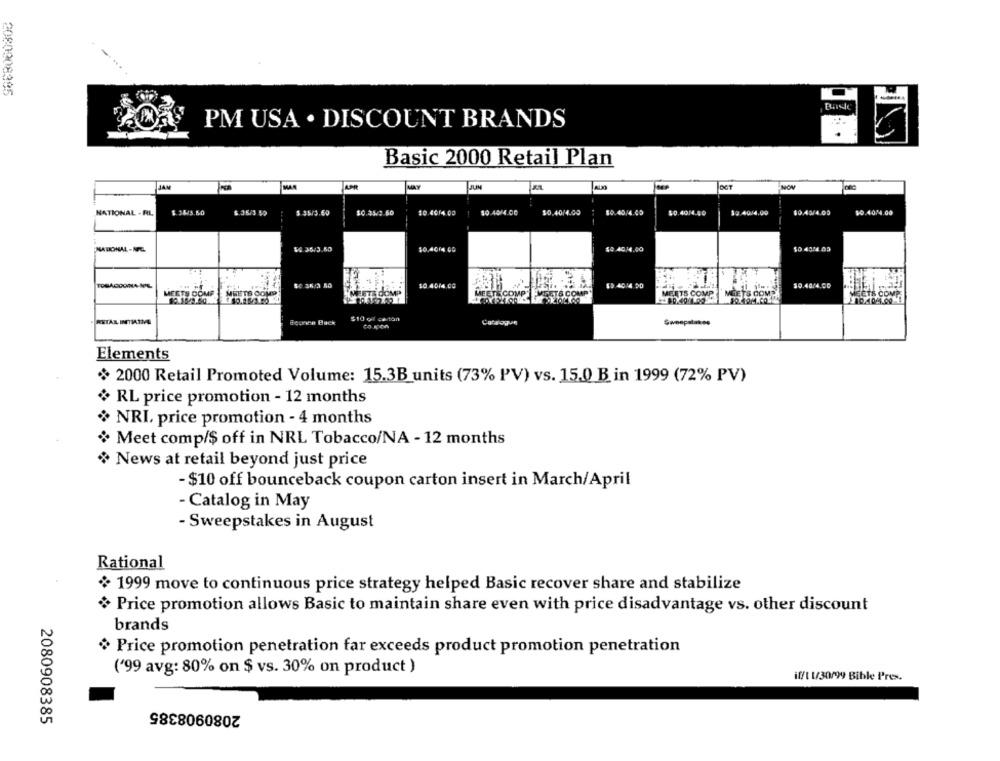
2080008495
PM USA . DISCOUNT BRANDS
Basic 2000 Retail Plan
JAN
MAR
JUN
NATIONAL - RL
$ 3643.50
$.35/3 59
$ 35/3.60
$0.45/2.50
10.46/4 00
$0.40/4.00
$0,40/4.00
$0.40/4.05
$0.4016.40
$2.40/4.00
10.40/4.00
$0.40/4.00
NATIONAL-IL
$4.35/3.50
10.4014 00
10 4014.00
10.40/4 50
10.40/4.00
ETE COME
MEETS COMP
MEETE COMP
FTE
OMP
MEETS COMP
MEETS COMP
$10 gl carton
RETAIL INTIATIG
deonce Back
Catalogue
Sweepstakes
Elements
2000 Retail Promoted Volume: 15.3B_ units (73% PV) vs. 15.0 B in 1999 (72% PV)
RL price promotion - 12 months
NRI. price promotion - 4 months
+ Meet comp/$ off in NRL Tobacco/NA - 12 months
News at retail beyond just price
- $10 off bounceback coupon carton insert in March/April
- Catalog in May
- Sweepstakes in August
Rational
1999 move to continuous price strategy helped Basic recover share and stabilize
Price promotion allows Basic to maintain share even with price disadvantage vs. other discount
brands
Price promotion penetration far exceeds product promotion penetration
('99 avg: 80% on $ vs. 30% on product )
if/1 1/30/99 Bible Pres.
2080908385
2080908385